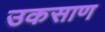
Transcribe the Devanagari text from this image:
उकसाण